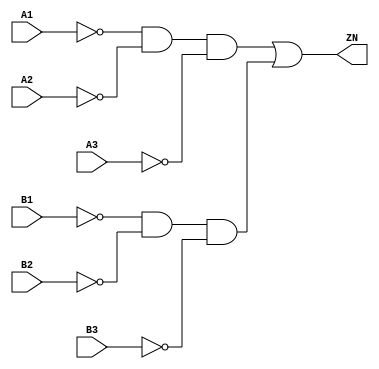
// Copyright 2022 GlobalFoundries PDK Authors
//
// Licensed under the Apache License, Version 2.0 (the "License");
// you may not use this file except in compliance with the License.
// You may obtain a copy of the License at
//
//      http://www.apache.org/licenses/LICENSE-2.0
//
// Unless required by applicable law or agreed to in writing, software
// distributed under the License is distributed on an "AS IS" BASIS,
// WITHOUT WARRANTIES OR CONDITIONS OF ANY KIND, either express or implied.
// See the License for the specific language governing permissions and
// limitations under the License.

module gf180mcu_fd_sc_mcu9t5v0__oai33_1( B3, B2, B1, ZN, A1, A2, A3 );
input A1, A2, A3, B1, B2, B3;
output ZN;

	wire A1_inv_for_gf180mcu_fd_sc_mcu9t5v0__oai33_1;

	not MGM_BG_0( A1_inv_for_gf180mcu_fd_sc_mcu9t5v0__oai33_1, A1 );

	wire A2_inv_for_gf180mcu_fd_sc_mcu9t5v0__oai33_1;

	not MGM_BG_1( A2_inv_for_gf180mcu_fd_sc_mcu9t5v0__oai33_1, A2 );

	wire A3_inv_for_gf180mcu_fd_sc_mcu9t5v0__oai33_1;

	not MGM_BG_2( A3_inv_for_gf180mcu_fd_sc_mcu9t5v0__oai33_1, A3 );

	wire ZN_row1;

	and MGM_BG_3( ZN_row1, A1_inv_for_gf180mcu_fd_sc_mcu9t5v0__oai33_1, A2_inv_for_gf180mcu_fd_sc_mcu9t5v0__oai33_1, A3_inv_for_gf180mcu_fd_sc_mcu9t5v0__oai33_1 );

	wire B1_inv_for_gf180mcu_fd_sc_mcu9t5v0__oai33_1;

	not MGM_BG_4( B1_inv_for_gf180mcu_fd_sc_mcu9t5v0__oai33_1, B1 );

	wire B2_inv_for_gf180mcu_fd_sc_mcu9t5v0__oai33_1;

	not MGM_BG_5( B2_inv_for_gf180mcu_fd_sc_mcu9t5v0__oai33_1, B2 );

	wire B3_inv_for_gf180mcu_fd_sc_mcu9t5v0__oai33_1;

	not MGM_BG_6( B3_inv_for_gf180mcu_fd_sc_mcu9t5v0__oai33_1, B3 );

	wire ZN_row2;

	and MGM_BG_7( ZN_row2, B1_inv_for_gf180mcu_fd_sc_mcu9t5v0__oai33_1, B2_inv_for_gf180mcu_fd_sc_mcu9t5v0__oai33_1, B3_inv_for_gf180mcu_fd_sc_mcu9t5v0__oai33_1 );

	or MGM_BG_8( ZN, ZN_row1, ZN_row2 );

endmodule